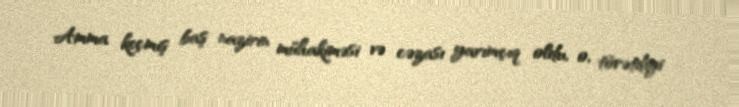
Amma keçmiş baş nazirin mühakiməsi və cəzası yarımçıq oldu, o, törətdiyi